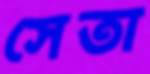
সেতা